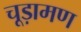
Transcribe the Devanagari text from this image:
चूड़ामण